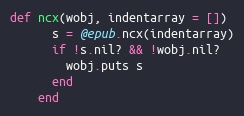
Language: Ruby
def ncx(wobj, indentarray = [])
      s = @epub.ncx(indentarray)
      if !s.nil? && !wobj.nil?
        wobj.puts s
      end
    end